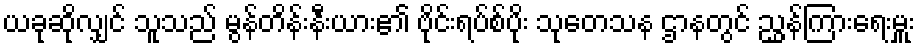
ယခုဆိုလျှင် သူသည် မွန်တိန်းနီးယား၏ ဗိုင်းရပ်စ်ပိုး သုတေသန ဌာနတွင် ညွှန်ကြားရေးမှူး